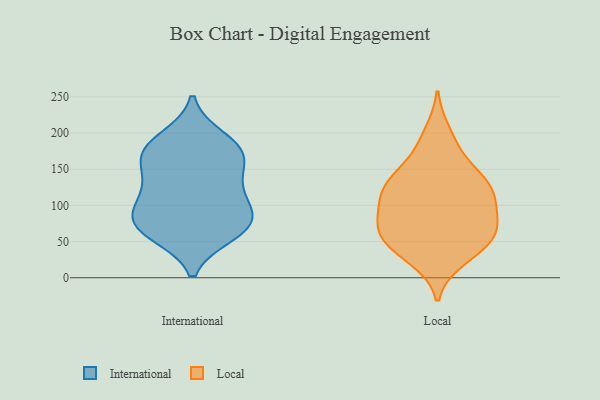
{"axis": {"x": "Shipments", "y": "Value"}, "legend": ["International", "Local"], "data": [{"x": "", "y": 184, "type": "International"}, {"x": "", "y": 100, "type": "International"}, {"x": "", "y": 83, "type": "International"}, {"x": "", "y": 157, "type": "International"}, {"x": "", "y": 66, "type": "International"}, {"x": "", "y": 161, "type": "International"}, {"x": "", "y": 79, "type": "International"}, {"x": "", "y": 193, "type": "International"}, {"x": "", "y": 60, "type": "International"}, {"x": "", "y": 133, "type": "International"}, {"x": "", "y": 173, "type": "International"}, {"x": "", "y": 62, "type": "International"}, {"x": "", "y": 109, "type": "International"}, {"x": "", "y": 79, "type": "International"}, {"x": "", "y": 124, "type": "International"}, {"x": "", "y": 177, "type": "International"}, {"x": "", "y": 70, "type": "Local"}, {"x": "", "y": 149, "type": "Local"}, {"x": "", "y": 61, "type": "Local"}, {"x": "", "y": 81, "type": "Local"}, {"x": "", "y": 40, "type": "Local"}, {"x": "", "y": 134, "type": "Local"}, {"x": "", "y": 115, "type": "Local"}, {"x": "", "y": 26, "type": "Local"}, {"x": "", "y": 109, "type": "Local"}, {"x": "", "y": 35, "type": "Local"}, {"x": "", "y": 133, "type": "Local"}, {"x": "", "y": 55, "type": "Local"}, {"x": "", "y": 180, "type": "Local"}, {"x": "", "y": 200, "type": "Local"}, {"x": "", "y": 68, "type": "Local"}, {"x": "", "y": 112, "type": "Local"}, {"x": "", "y": 101, "type": "Local"}, {"x": "", "y": 66, "type": "Local"}, {"x": "", "y": 133, "type": "Local"}]}